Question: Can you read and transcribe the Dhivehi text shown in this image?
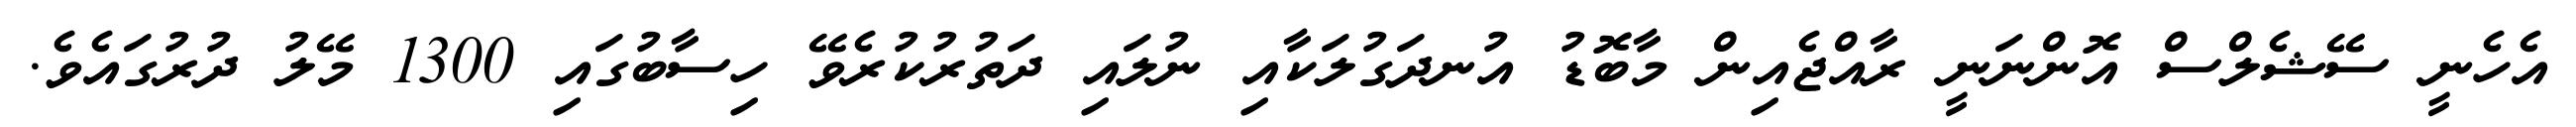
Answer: އެހެނީ ސޭޝެލްސް އޮންނަނީ ރާއްޖެއިން މާބޮޑު އުނދަގުލަކާއި ނުލައި ދަތުރުކުރެވޭ ހިސާބުގައި 1300 މޭލު ދުރުގައެވެ.